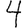
Digit: 4